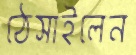
ঠেসাইলেন